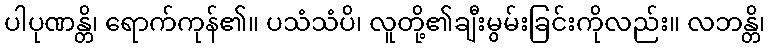
ပါပုဏန္တိ၊ ရောက်ကုန်၏။ ပသံသံပိ၊ လူတို့၏ချီးမွမ်းခြင်းကိုလည်း။ လဘန္တိ၊